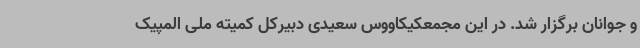
و جوانان برگزار شد. در این مجمعکیکاووس سعیدی دبیرکل کمیته ملی المپیک